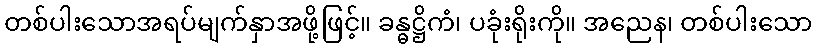
တစ်ပါးသောအရပ်မျက်နှာအဖို့ဖြင့်။ ခန္ဓဋ္ဌိကံ၊ ပခုံးရိုးကို။ အညေန၊ တစ်ပါးသော